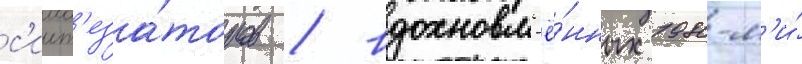
с'инт'еза́торов / вдохновл'ё́нных 1980-м'и́